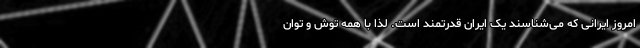
امروز ایرانی که می‌شناسند یک ایران قدرتمند است. لذا با همه توش و توان